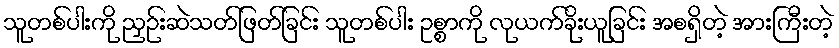
သူတစ်ပါးကို ညှဉ်းဆဲသတ်ဖြတ်ခြင်း သူတစ်ပါး ဥစ္စာကို လုယက်ခိုးယူခြင်း အစရှိတဲ့ အားကြီးတဲ့